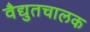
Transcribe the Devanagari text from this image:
वैद्युतचालक